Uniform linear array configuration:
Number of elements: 8
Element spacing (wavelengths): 0.5
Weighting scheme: hamming
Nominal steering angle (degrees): -30
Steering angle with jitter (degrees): -29.358
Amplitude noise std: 0.05
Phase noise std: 0.05

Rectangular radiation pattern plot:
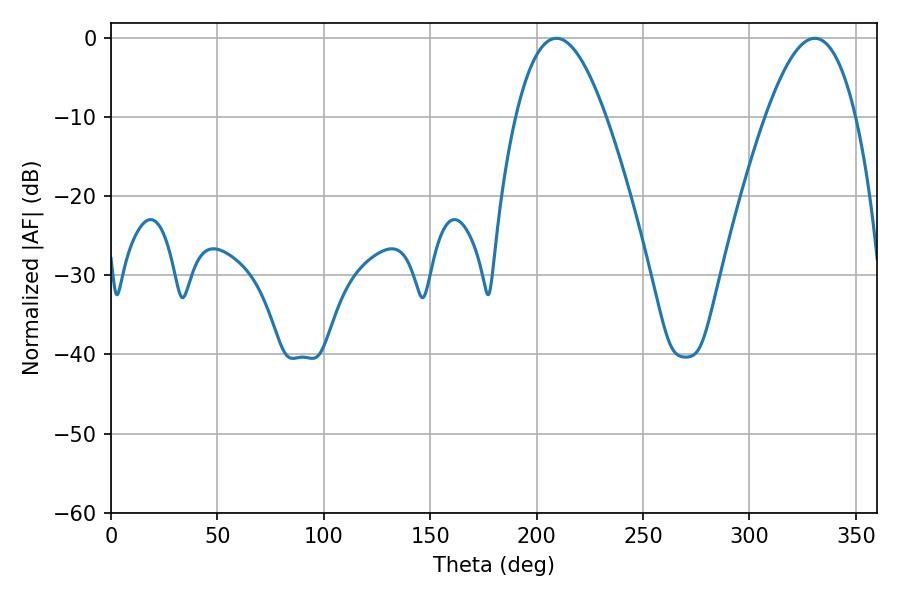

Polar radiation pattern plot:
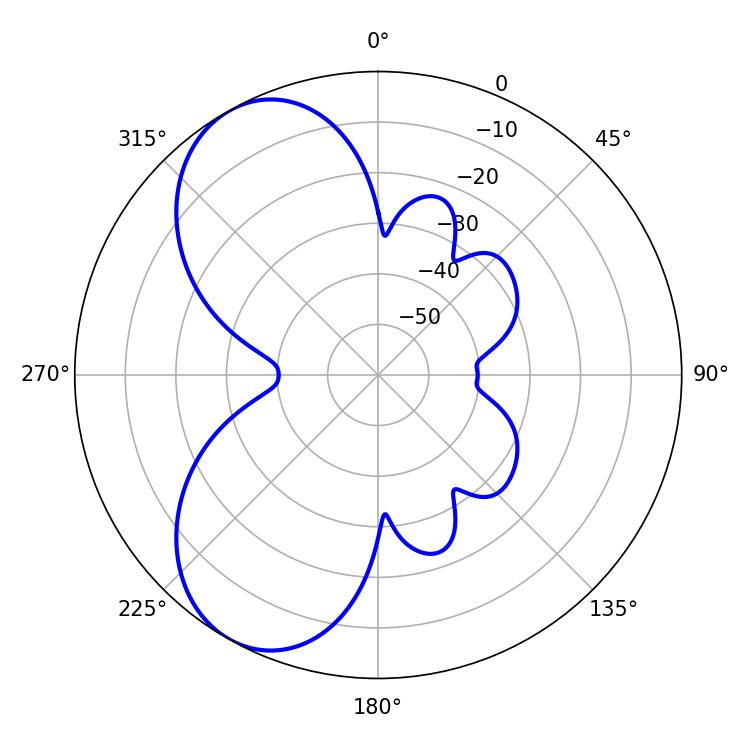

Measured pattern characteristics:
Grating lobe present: FALSE
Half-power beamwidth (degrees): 23.04
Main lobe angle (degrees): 209.34